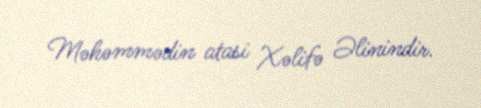
Məhəmmədin atasi Xəlifə Əlinindir.